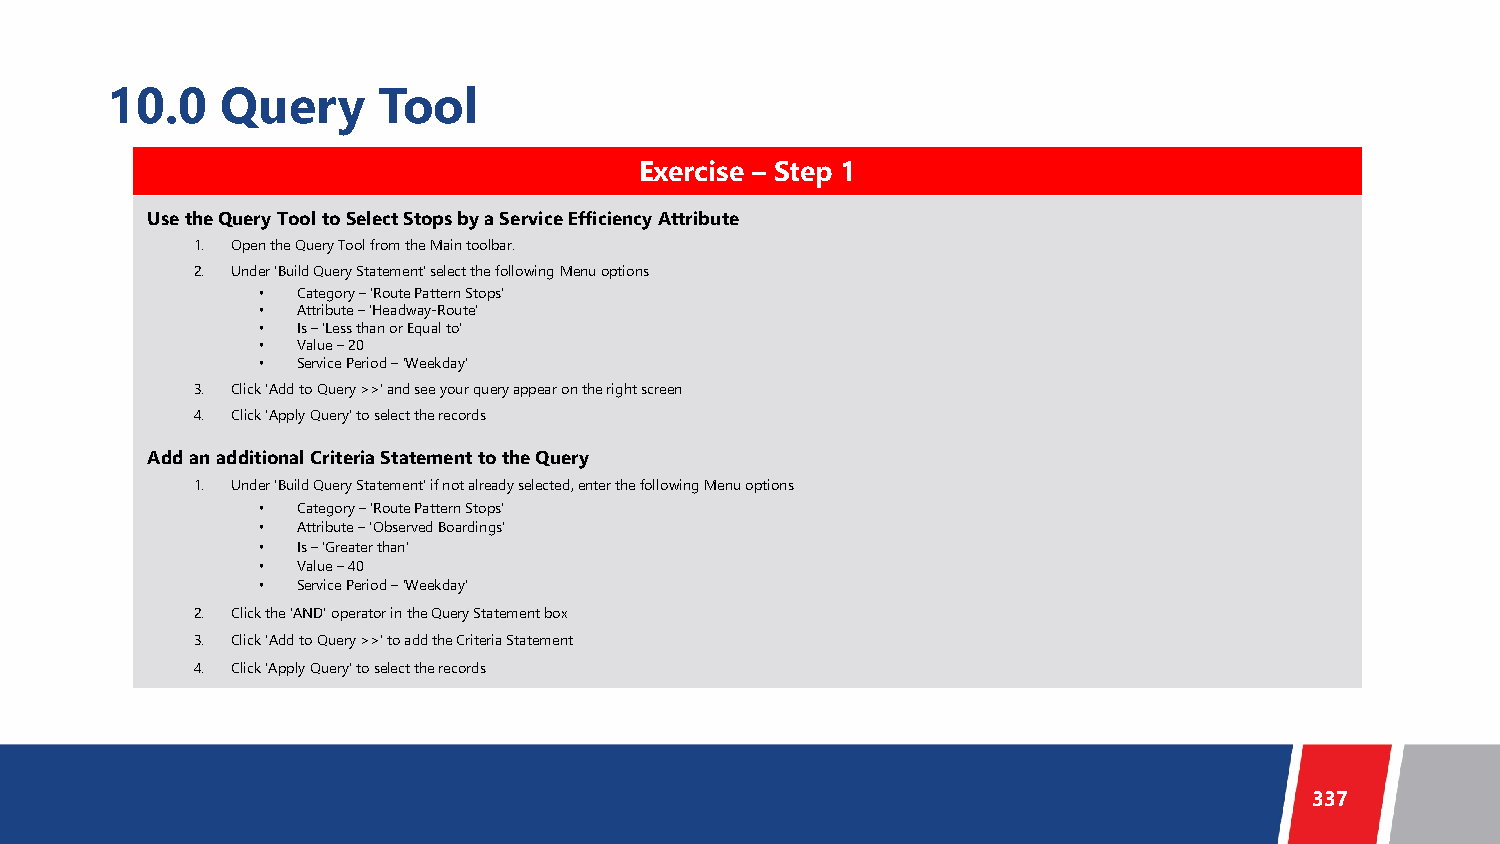
10.0    Query     Tool
 Exercise – Step 1
 Use the Query Tool to Select Stops by a Service Efficiency Attribute
 1. Open the Query Tool from the Main toolbar.
 2. Under ‘Build Query Statement’ select the following Menu options
 •  Category –‘Route Pattern Stops’
 •  Attribute –‘Headway-Route’
 •  Is –‘Less than or Equal to’
 •  Value –20
 •  Service Period –‘Weekday’
 3. Click ‘Add to Query >>’ and see your query appear on the right screen
 4. Click ‘Apply Query’ to select the records
 Add an additional Criteria Statement to the Query
 1. Under ‘Build Query Statement’ if not already selected, enter the following Menu options
 •  Category –‘Route Pattern Stops’
 •  Attribute –‘Observed Boardings’
 •  Is –‘Greater than’
 •  Value –40
 •  Service Period –‘Weekday’
 2. Click the ‘AND’ operator in the Query Statement box
 3. Click ‘Add to Query >>’ to add the Criteria Statement
 4. Click ‘Apply Query’ to select the records
 337